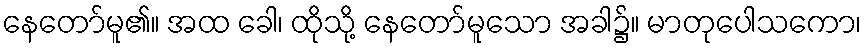
နေတော်မူ၏။ အထ ခေါ၊ ထိုသို့ နေတော်မူသော အခါ၌။ မာတုပေါသကော၊